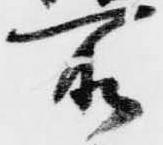
所